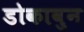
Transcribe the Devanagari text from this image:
डोकावुन